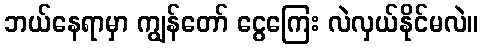
ဘယ်နေရာမှာ ကျွန်တော် ငွေကြေး လဲလှယ်နိုင်မလဲ။